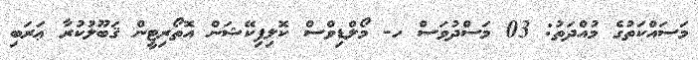
މަސައްކަތުގެ މުއްދަތު: 03 މަސްދުވަސް ހ- މޯލްޑިވްސް ކޮލިފިކޭޝަން އޮތޯރިޓީން ޤަބޫލުކުރާ ޢަރަބި